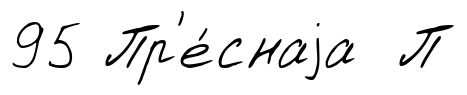
95 Пр'е́снаjа П